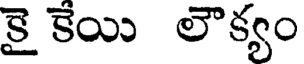
కై కేయి లౌక్యం